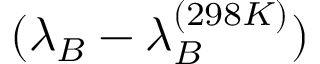
( \lambda _ { B } - \lambda _ { B } ^ { ( 2 9 8 K ) } )